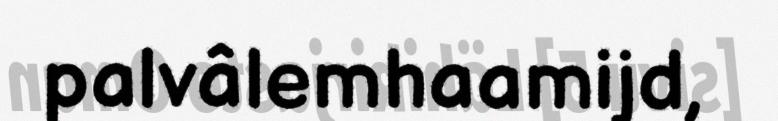
palvâlemhaamijd,